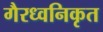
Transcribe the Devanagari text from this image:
गैरध्वनिकृत